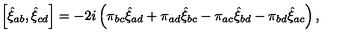
\left[ \hat { \xi } _ { a b } , \hat { \xi } _ { c d } \right] = - 2 i \left( \pi _ { b c } \hat { \xi } _ { a d } + \pi _ { a d } \hat { \xi } _ { b c } - \pi _ { a c } \hat { \xi } _ { b d } - \pi _ { b d } \hat { \xi } _ { a c } \right) ,